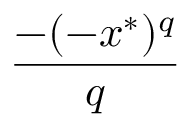
\frac { - ( - x ^ { * } ) ^ { q } } { q }